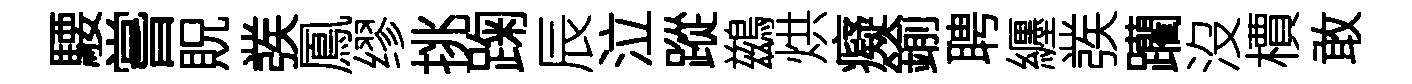
騕嘗貺彂鳳缪挑踘辰泣蹤鷀烘癡鍮聘纒彂躪沒檟敢